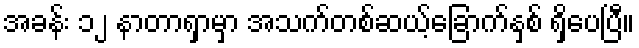
အခန်း ၁၂ နာတာရှာမှာ အသက်တစ်ဆယ့်ခြောက်နှစ် ရှိပေပြီ။